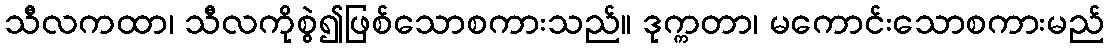
သီလကထာ၊ သီလကိုစွဲ၍ဖြစ်သောစကားသည်။ ဒုက္ကတာ၊ မကောင်းသောစကားမည်